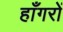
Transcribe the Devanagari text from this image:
हाँगरों